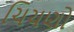
ચિચણો